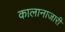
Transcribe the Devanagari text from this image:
कालानाजारी